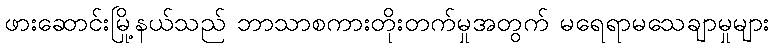
ဖားဆောင်းမြို့နယ်သည် ဘာသာစကားတိုးတက်မှုအတွက် မရေရာမသေချာမှုများ